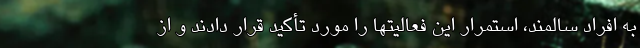
به افراد سالمند، استمرار این فعالیتها را مورد تأکید قرار دادند و از